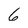
Character: 6